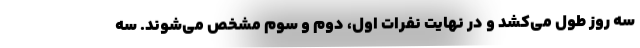
سه روز طول می‌کشد و در نهایت نفرات اول، دوم و سوم مشخص می‌شوند. سه